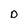
Character: D